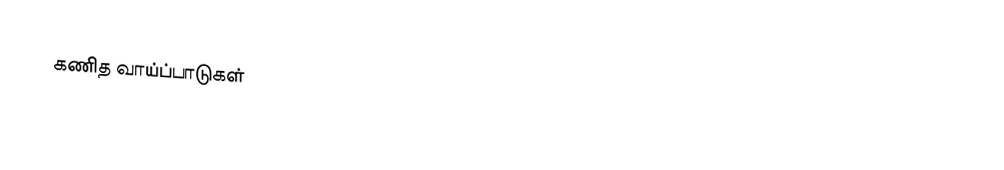
கணித வாய்ப்பாடுகள்